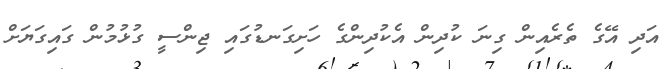
އަދި އޭގެ ތެރެއިން ގިނަ ކުދިން އެކުދިންގެ ހަށިގަނޑުގައި ޖިންސީ ގުޅުމުން ގައިގަޔަށް